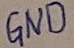
Text: GND